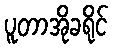
ပူတာအိုခရိုင်